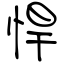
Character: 悍